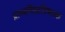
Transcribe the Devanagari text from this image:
प्राच्यविद्याविषयक